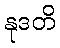
နုဒတိ